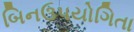
બિનઉપયોગિતા